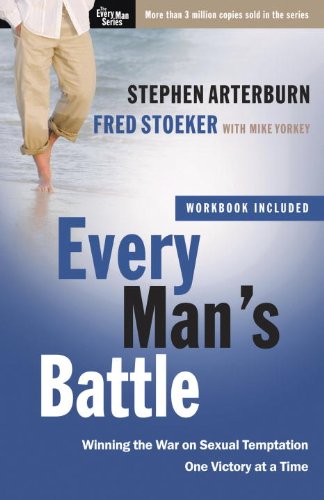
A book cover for Every Man's Battle: Winning the War on Sexual Temptation One Victory at a Time (The Every Man Series); Stephen Arterburn; Self-Help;